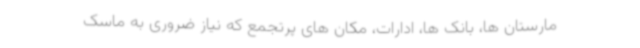
مارستان ها، بانک ها، ادارات، مکان های پرتجمع که نیاز ضروری به ماسک